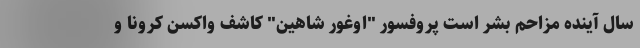
سال آینده مزاحم بشر است پروفسور "اوغور شاهین" کاشف واکسن کرونا و